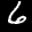
Label: 6